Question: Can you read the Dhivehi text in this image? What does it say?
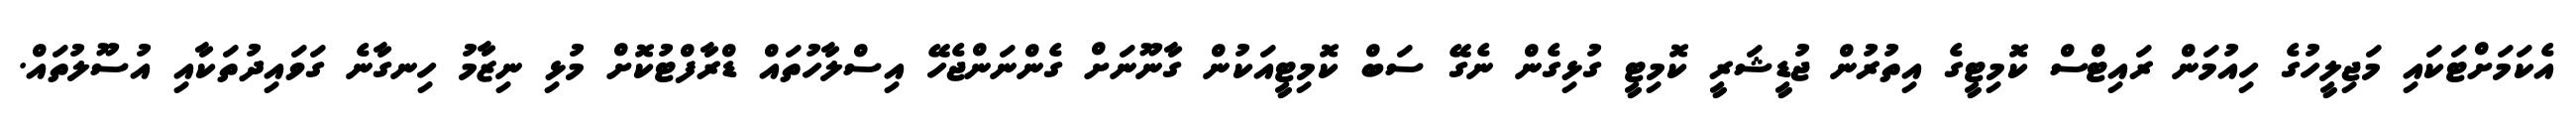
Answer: އެކަމަށްޓަކައި މަޖިލީހުގެ ހިއުމަން ރައިޓްސް ކޮމިޓީގެ އިތުރުން ޖުޑީޝަރީ ކޮމިޓީ ގުޅިގެން ނެގޭ ސަބް ކޮމިޓީއަކުން ގާނޫނަށް ގެންނަންޖެހޭ އިސްލާހުތައް ޑްރާފްޓުކޮށް މުޅި ނިޒާމު ހިނގާނެ ގަވައިދުތަކާއި އުސޫލުތައް.